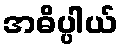
အဓိပ္ပါယ်